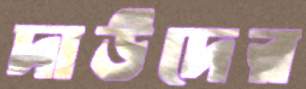
দাউদের